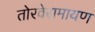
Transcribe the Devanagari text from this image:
तोरवेरामायण